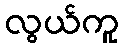
လွယ်ကူ